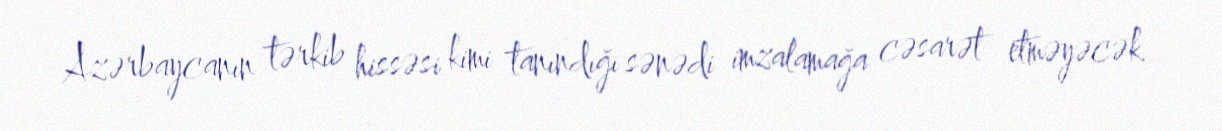
Azərbaycanın tərkib hissəsi kimi tanındığı sənədi imzalamağa cəsarət etməyəcək.